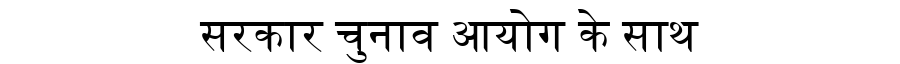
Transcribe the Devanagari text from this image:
सरकार चुनाव आयोग के साथ